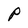
Character: P